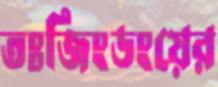
তঃজিংডংয়ের